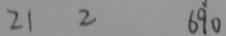
2 1 2 6 9 0